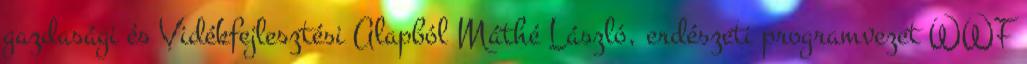
gazdasági és Vidékfejlesztési Alapból Máthé László, erdészeti programvezet WWF